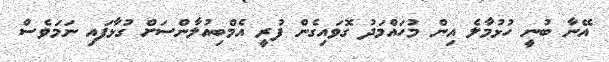
އޭނާ ބުނީ ހުޅުމާލެ އިން މުހައްމަދު ގޮވައިގެން ފުރީ އެމްބިއުލާންސަށް ގުޅާފައި ނަމަވެސް